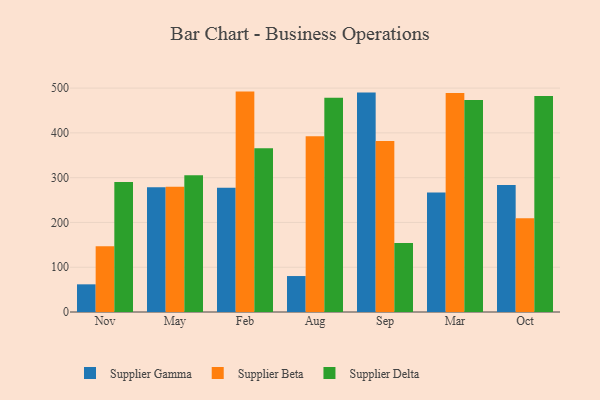
{"axis": {"x": "Month", "y": "LTV (USD)"}, "legend": ["Supplier Beta", "Supplier Delta", "Supplier Gamma"], "data": [{"x": "Nov", "y": 61.8, "type": "Supplier Gamma"}, {"x": "Nov", "y": 146.8, "type": "Supplier Beta"}, {"x": "Nov", "y": 290.1, "type": "Supplier Delta"}, {"x": "May", "y": 278.8, "type": "Supplier Gamma"}, {"x": "May", "y": 279.7, "type": "Supplier Beta"}, {"x": "May", "y": 305.6, "type": "Supplier Delta"}, {"x": "Feb", "y": 277.3, "type": "Supplier Gamma"}, {"x": "Feb", "y": 492.2, "type": "Supplier Beta"}, {"x": "Feb", "y": 365.6, "type": "Supplier Delta"}, {"x": "Aug", "y": 80.3, "type": "Supplier Gamma"}, {"x": "Aug", "y": 392.4, "type": "Supplier Beta"}, {"x": "Aug", "y": 478.2, "type": "Supplier Delta"}, {"x": "Sep", "y": 490.0, "type": "Supplier Gamma"}, {"x": "Sep", "y": 381.9, "type": "Supplier Beta"}, {"x": "Sep", "y": 154.2, "type": "Supplier Delta"}, {"x": "Mar", "y": 266.9, "type": "Supplier Gamma"}, {"x": "Mar", "y": 489.3, "type": "Supplier Beta"}, {"x": "Mar", "y": 473.2, "type": "Supplier Delta"}, {"x": "Oct", "y": 283.6, "type": "Supplier Gamma"}, {"x": "Oct", "y": 209.3, "type": "Supplier Beta"}, {"x": "Oct", "y": 482.6, "type": "Supplier Delta"}]}